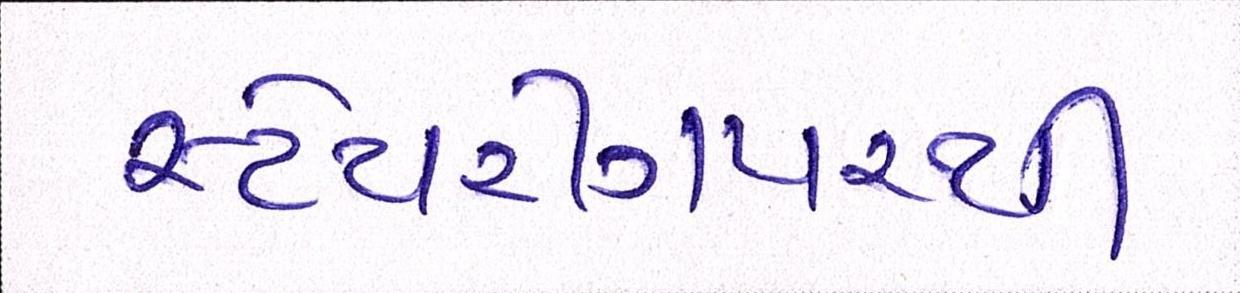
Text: સ્ટેયરીંગપરથી